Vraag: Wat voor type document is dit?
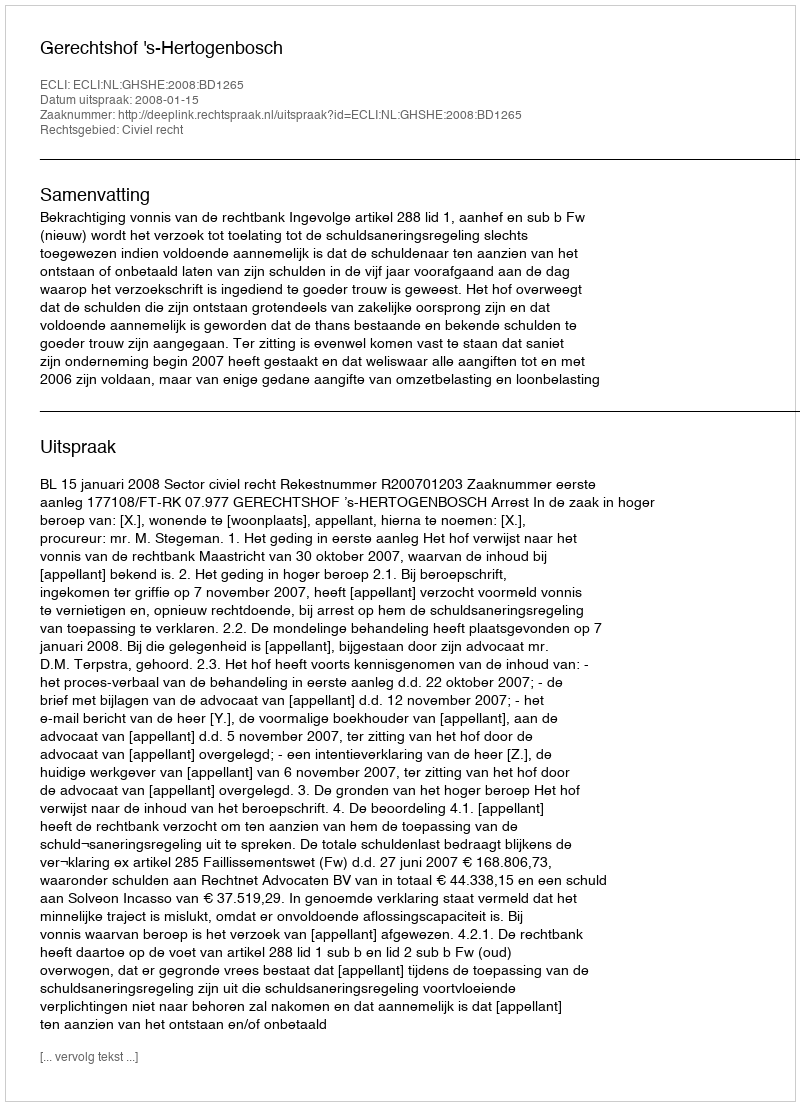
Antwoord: Uitspraak